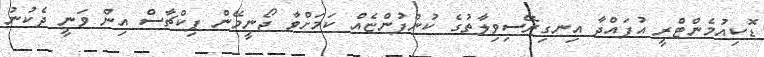
ޑޮކިއުމެންޓްރީ އުފައްދާ އިނގިރޭސިވިލާތުގެ ކުންފުންޏެއް ކަމަށްވާ ޖޯނީމޭން ޕިކްޗާސް އިން ވަނީ ދެކުނު